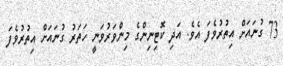
73 ގުނައަށް އިތުރުވެފަ އެވެ. އަދި ކޮޓިނިންގެ މިންވަރުވަނީ ހަތަރު ގުނައަށް އިތުރުވެފަ